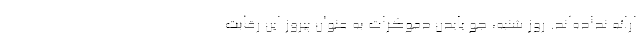
ارائه نداده‌اند. روز شنبه، جو بایدن دموکرات به عنوان پیروز این رقابت